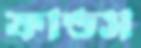
ফান্ডস